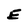
Character: E